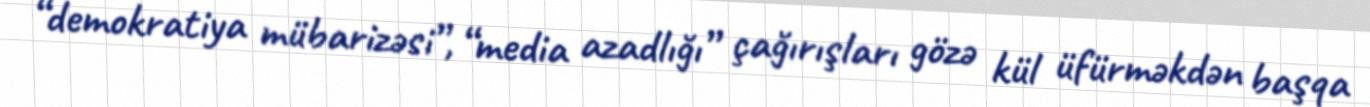
“demokratiya mübarizəsi”, “media azadlığı” çağırışları gözə kül üfürməkdən başqa